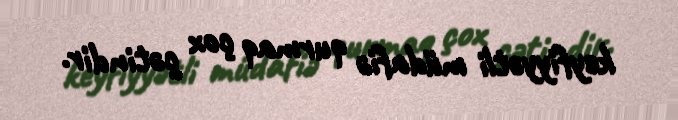
keyfiyyətli müdafiə qurmaq çox çətindir.